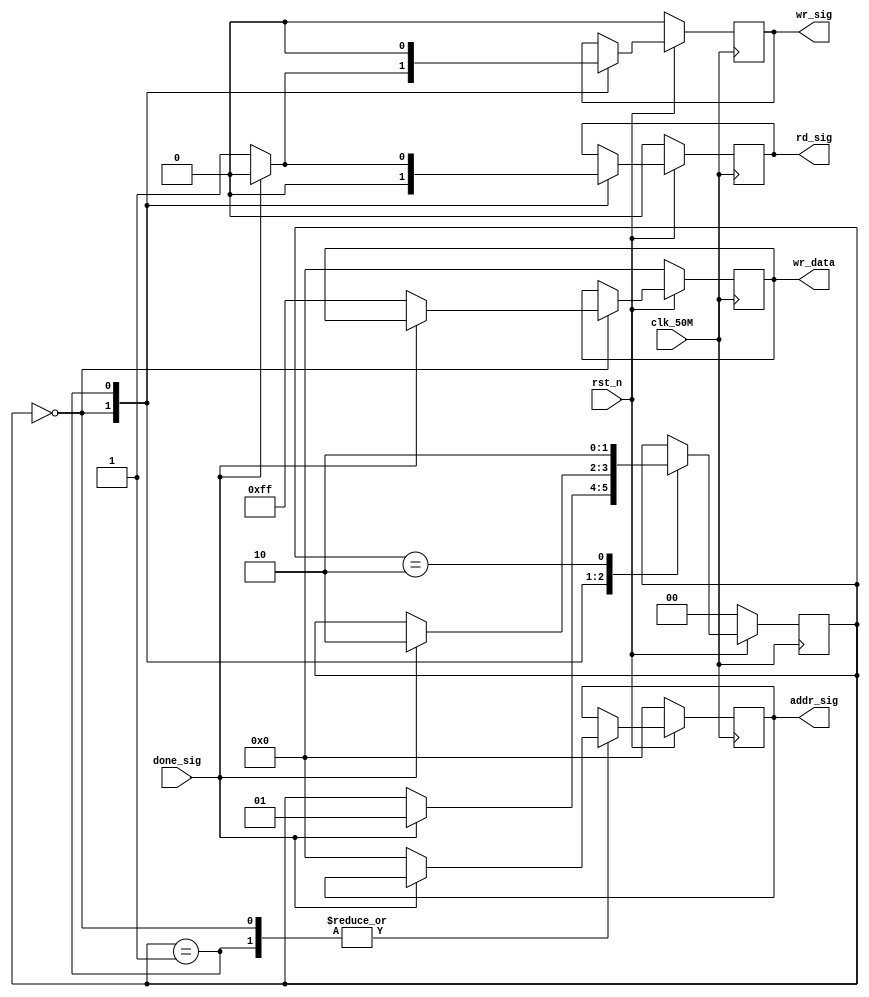
`timescale 1ns/1ps
////////////////////////////////////////////
//Module Name	:	iic_control
//Description	:	read and write eeprom using iic bus
//Editor			:	Yongxiang
//Time			:	2019-11-25
////////////////////////////////////////////
module iic_control
	(
		input wire	clk_50M,
		input wire	rst_n,
		output reg	wr_sig,
		output reg	rd_sig,
		output reg[7:0]	addr_sig,
		output reg[7:0]	wr_data,
		input wire	done_sig
	);

reg[1:0] state;

//eeprom
always @(posedge clk_50M)
begin
	if(!rst_n)begin
		state <= 2'd0;
		addr_sig <= 8'd0;
		wr_data <= 8'd0;
		rd_sig <= 1'b0;
		wr_sig <= 1'b0;
	end
	else begin
		case(state)
			2'd0:begin
				if(done_sig)begin
					wr_sig <= 1'b0;
					rd_sig <= 1'b0;
					state <= 2'd1;
				end
				else begin
					wr_sig <= 1'b1;
					rd_sig <= 1'b0;
					wr_data <= 8'hff;	//0Xff
					addr_sig <= 8'd0;	//eeprom0X00
				end
			end
			2'd1:begin
				if(done_sig)begin
					wr_sig <= 1'b0;
					rd_sig <= 1'b0;
					state <= 2'd2;
				end
				else begin
					wr_sig <= 1'b0;
					rd_sig <= 1'b1;
					addr_sig <= 8'd0;	//eeprom0X00
				end
			end
			2'd2:begin
				state <= 2'd2;
			end
		endcase
	end
end

endmodule